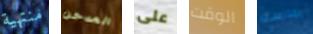
منتهية المدخن على الوقت بمدرسة